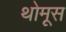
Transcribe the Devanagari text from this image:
थोमूस